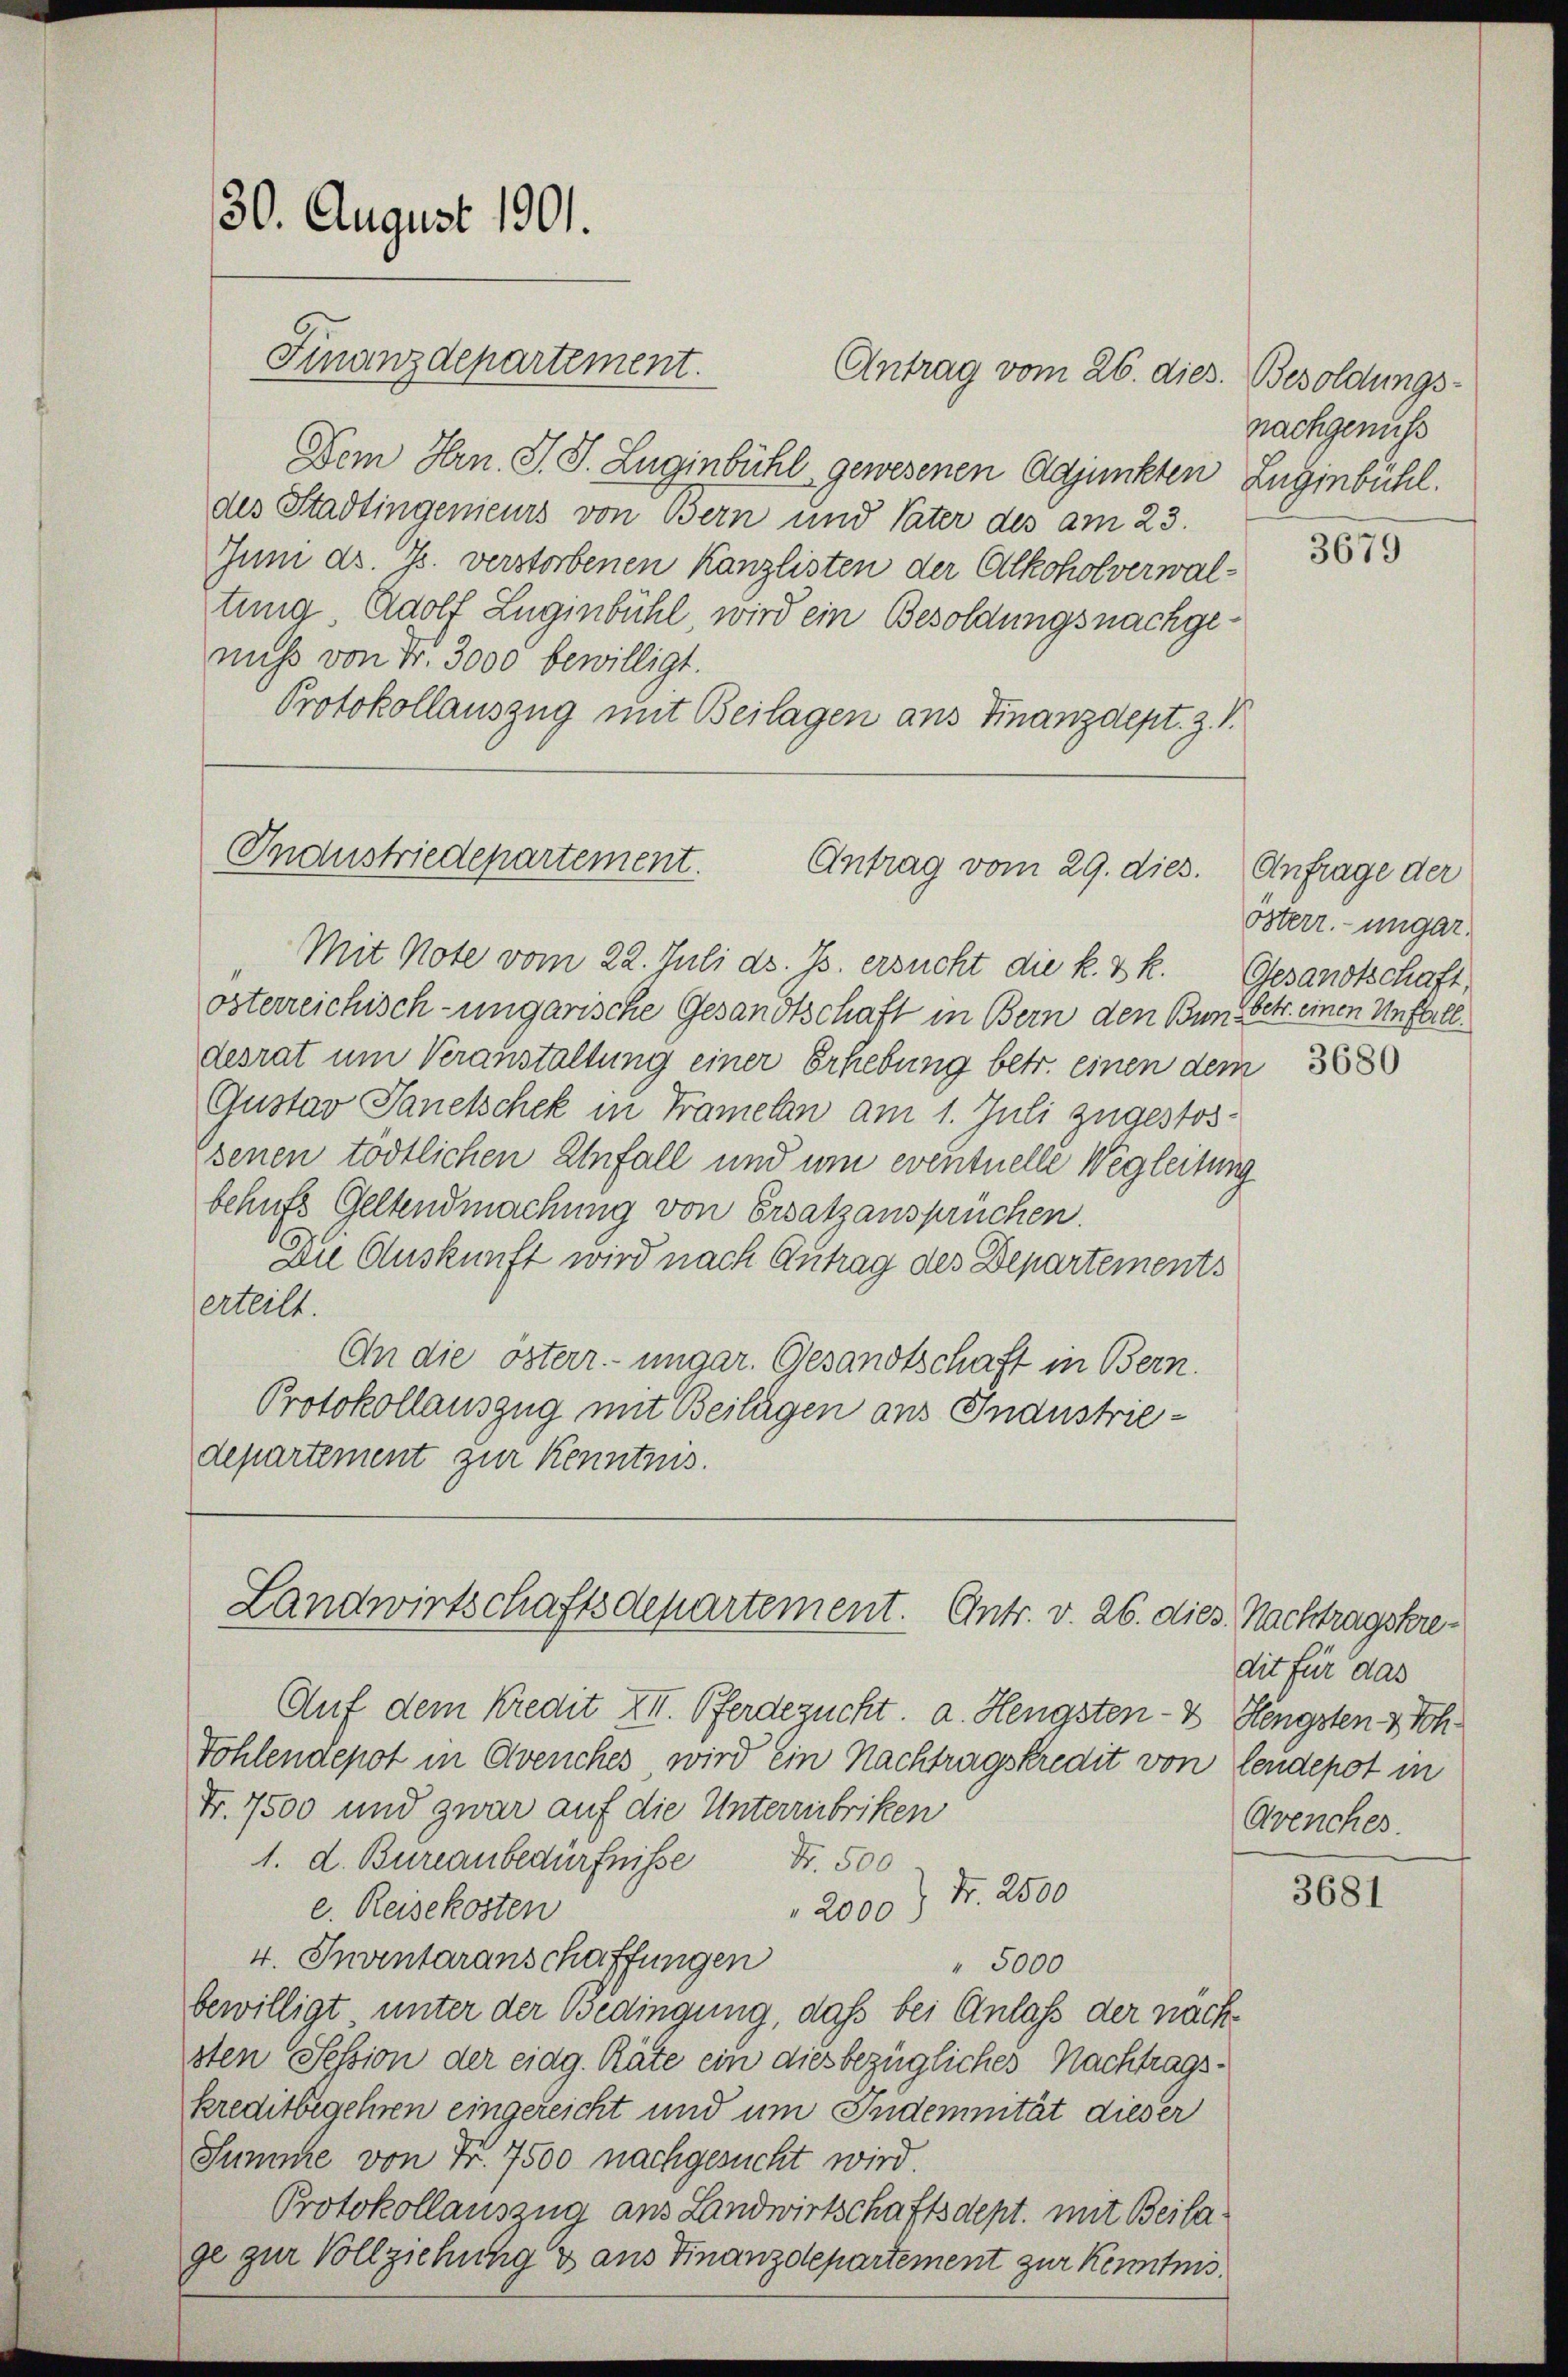
30. August 1901.

Finanzdepartement. Antrag vom 26. dies. Besoldungs-

Dem Hrn. J. J. Zuginbühl gewesenen Adjunkten Zuginbühl.
des Stadtingenieurs von Bern und Vater des am 23.
Jum ds. Js. verstorbenen Kanzlisten der Alkoholverwaltung. Adolf Zuginbühl, wird ein Besoldungsnachgenuss von Fr. 3000 bewilligt.
Protokollauszug mit Beilagen aus Finanzdept. Z. V.

Industriedepartement.
Antrag vom 29. dies.

Mit Note vom 22. Juli d. Js. ersucht die k. k. k. Gesandtschaft,
österreichisch-ungarische Gesandtschaft in Bern den Bund betr. einen Unferledesrat um Veranstaltung einer Erhebung betr. einen dem
Gustav Sanelschek in Tramelan am 1. Juli zugestos¬
Esenen tödtlichen Anfall und um eventuelle Wegleitung
behuts Geltendmachung von Ersatzansprüchen.
Die Auskunft wird nach Antrag des Departements
erteilt.
An die österr. ungar. Gesandtschaft in Bern.
Protokollauszug mit Beilagen aus Industriedepartement zur Kenntnis.

Landwirtschaftsdepartement. Entr. v. 26. dies. Nachtragskre¬

nachgenuss

Auf dem Kredit XII. Pferdezucht, a. Hengsten- & Hengsten & Soh¬
Tohlendepot in Avenches, wird ein Nachtragskredit von lendepot in
Fr. 7500 und zwar auf die Unterzubriken
1. d. Bureaubedürfnisse
Nr. 500
Nr. 2500
e. Reisekosten
" 2000)
4. Inventaranschaffungen
" 5000
bewilligt unter der Bedingung, daß bei Anlaß der nächsten Session der eidg. Räte ein diesbezügliches Nachtragskreditbegehren eingereicht und um Indemnität dieser
Summe von Fr. 7500 nachgesucht wird
Protokollauszug aus Landwirtschaftsdept. mit Beila
ge zur Vollziehung & aus Finanzdepartement zur Kenntnis¬

3679

Anfrage der
Österr. ungar.

3680

dit für das
Avenches

3681